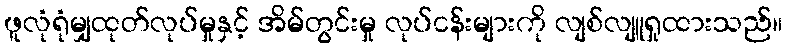
ဖူလုံရုံမျှထုတ်လုပ်မှုနှင့် အိမ်တွင်းမှု လုပ်ငန်းများကို လျစ်လျူရှုထားသည်။